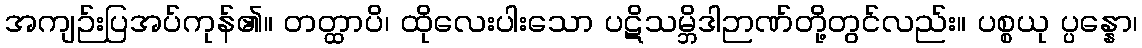
အကျဉ်းပြအပ်ကုန်၏။ တတ္ထာပိ၊ ထိုလေးပါးသော ပဋိသမ္ဘိဒါဉာဏ်တို့တွင်လည်း။ ပစ္စယု ပ္ပန္နော၊